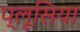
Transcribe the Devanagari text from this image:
प्लूसिया